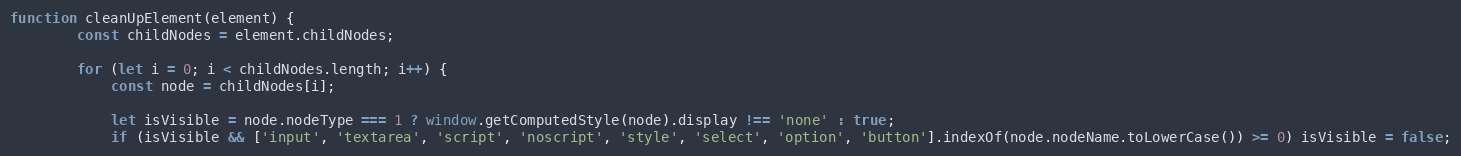
Language: JavaScript
function cleanUpElement(element) {
		const childNodes = element.childNodes;

		for (let i = 0; i < childNodes.length; i++) {
			const node = childNodes[i];

			let isVisible = node.nodeType === 1 ? window.getComputedStyle(node).display !== 'none' : true;
			if (isVisible && ['input', 'textarea', 'script', 'noscript', 'style', 'select', 'option', 'button'].indexOf(node.nodeName.toLowerCase()) >= 0) isVisible = false;